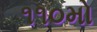
૧૧૦મો